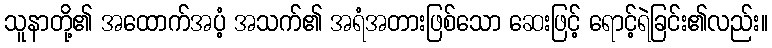
သူနာတို့၏ အထောက်အပံ့ အသက်၏ အရံအတားဖြစ်သော ဆေးဖြင့် ရောင့်ရဲခြင်း၏လည်း။